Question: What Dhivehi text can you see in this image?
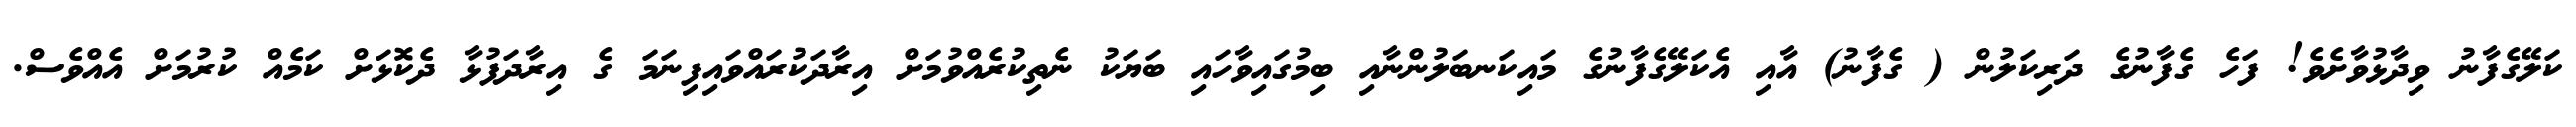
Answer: ކަލޭގެފާނު ވިދާޅުވާށެވެ! ފަހެ ގެފާނުގެ ދަރިކަލުން ( ގެފާނު) އާއި އެކަލޭގެފާނުގެ މައިކަނބަލުންނާއި ބިމުގައިވާހައި ބަޔަކު ނެތިކުރެއްވުމަށް އިރާދަކުރައްވައިފިނަމަ ގެ އިރާދަފުޅާ ދެކޮޅަށް ކަމެއް ކުރުމަށް އެއްވެސް.